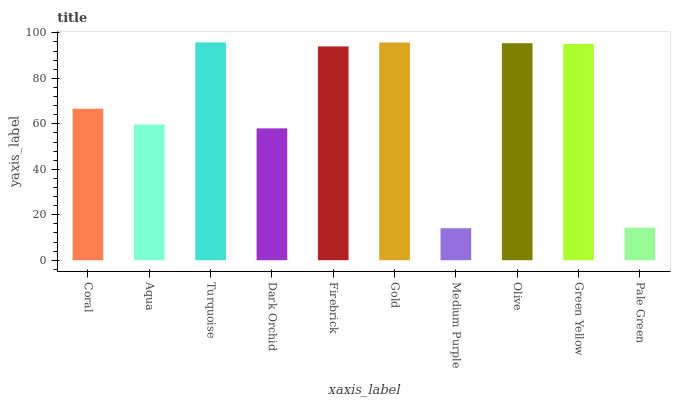
| xaxis_label | bars |
 | --- | --- |
 | Coral | 66.7 |
 | Aqua | 59.7 |
 | Turquoise | 95.8 |
 | Dark Orchid | 58 |
 | Firebrick | 94.1 |
 | Gold | 95.8 |
 | Medium Purple | 14.1 |
 | Olive | 95.5 |
 | Green Yellow | 95.1 |
 | Pale Green | 14.3 |